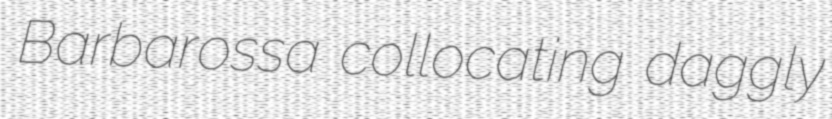
Barbarossa collocating daggly